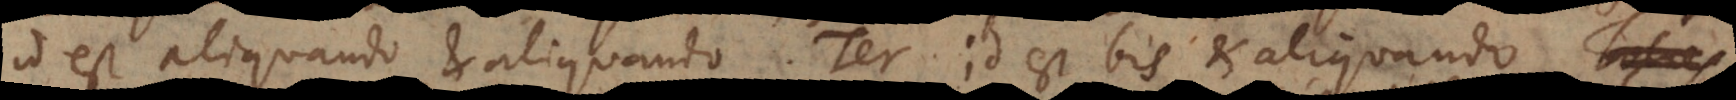
id est aliquando et aliquando. Ter id est bis et aliqua